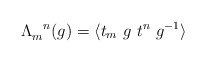
\begin{align*}\Lambda_{m}^{~~n} (g)=\langle t_m~ g~t^n~g^{-1} \rangle\end{align*}